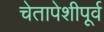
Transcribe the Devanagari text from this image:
चेतापेशीपूर्व